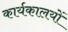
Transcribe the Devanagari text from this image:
कार्यकालयों